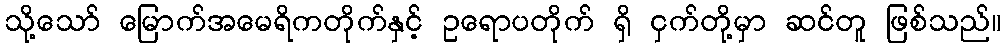
သို့သော် မြောက်အမေရိကတိုက်နှင့် ဥရောပတိုက် ရှိ ငှက်တို့မှာ ဆင်တူ ဖြစ်သည်။